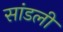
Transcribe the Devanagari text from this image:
सांडली